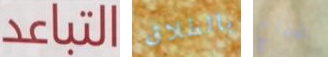
التباعد بالطلاق لخداع